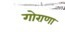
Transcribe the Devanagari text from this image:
गोराणा